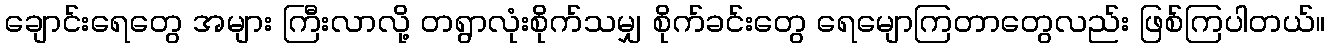
ချောင်းရေတွေ အများ ကြီးလာလို့ တရွာလုံးစိုက်သမျှ စိုက်ခင်းတွေ ရေမျောကြတာတွေလည်း ဖြစ်ကြပါတယ်။